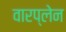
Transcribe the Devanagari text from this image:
वारप्लेन